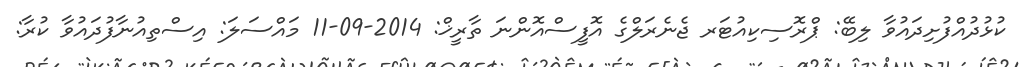
ކުޅުދުއްފުށިދައުވާ ލިބޭ: ޕްރޮސިކިއުޓަރ ޖެނެރަލްގެ އޮފީސްއޮންނަ ތާރީޚް: 2014-09-11 މައްސަލަ: އިސްތިއުނާފުދައުވާ ކުރާ: